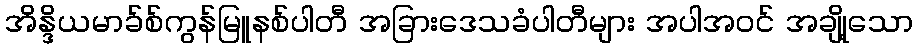
အိန္ဒိယမာခ်စ်ကွန်မြူနစ်ပါတီ အခြားဒေသခံပါတီများ အပါအဝင် အချို့သော